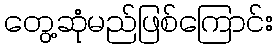
တွေ့ဆုံမည်ဖြစ်ကြောင်း